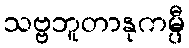
သဗ္ဗဘူတာနုကမ္ပီ